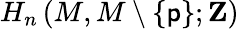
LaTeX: H_{n}\left(M,M\setminus\{ \mathsf{p}\} ;\mathbf{{Z}}\right)